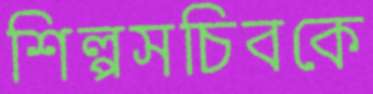
শিল্পসচিবকে